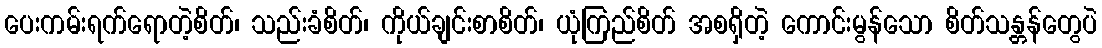
ပေးကမ်းရက်ရောတဲ့စိတ်၊ သည်းခံစိတ်၊ ကိုယ်ချင်းစာစိတ်၊ ယုံကြည်စိတ် အစရှိတဲ့ ကောင်းမွန်သော စိတ်သန္တန်တွေပဲ